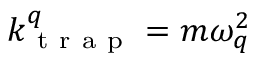
k _ { \mathrm { ~ t ~ r ~ a ~ p ~ } } ^ { q } = m \omega _ { q } ^ { 2 }